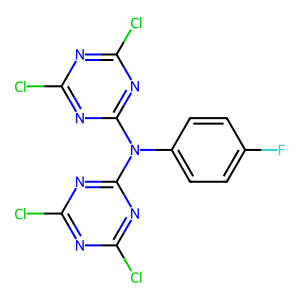
SMILES: Fc1ccc(N(c2nc(Cl)nc(Cl)n2)c2nc(Cl)nc(Cl)n2)cc1
Inhibits HIV replication: No